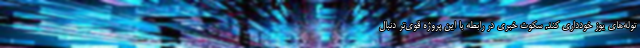
توله‌های یوز خودداری کند, سکوت خبری در رابطه با این پروژه قوی‌تر دنبال